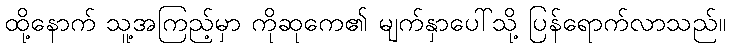
ထို့နောက် သူ့အကြည့်မှာ ကိုဆုကေ၏ မျက်နှာပေါ်သို့ ပြန်ရောက်လာသည်။